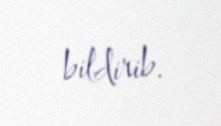
bildirib.